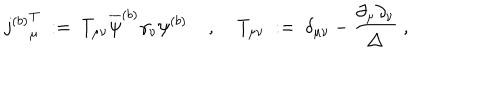
LaTeX: { j ^ { ( b ) } } _ { \mu } ^ { T } \; : = \; T _ { \mu \nu } \overline { { { \psi } } } ^ { ( b ) } \gamma _ { \nu } \psi ^ { ( b ) } \; , \; T _ { \mu \nu } \; : = \; \delta _ { \mu \nu } - \frac { \partial _ { \mu } \partial _ { \nu } } { \triangle } \; ,